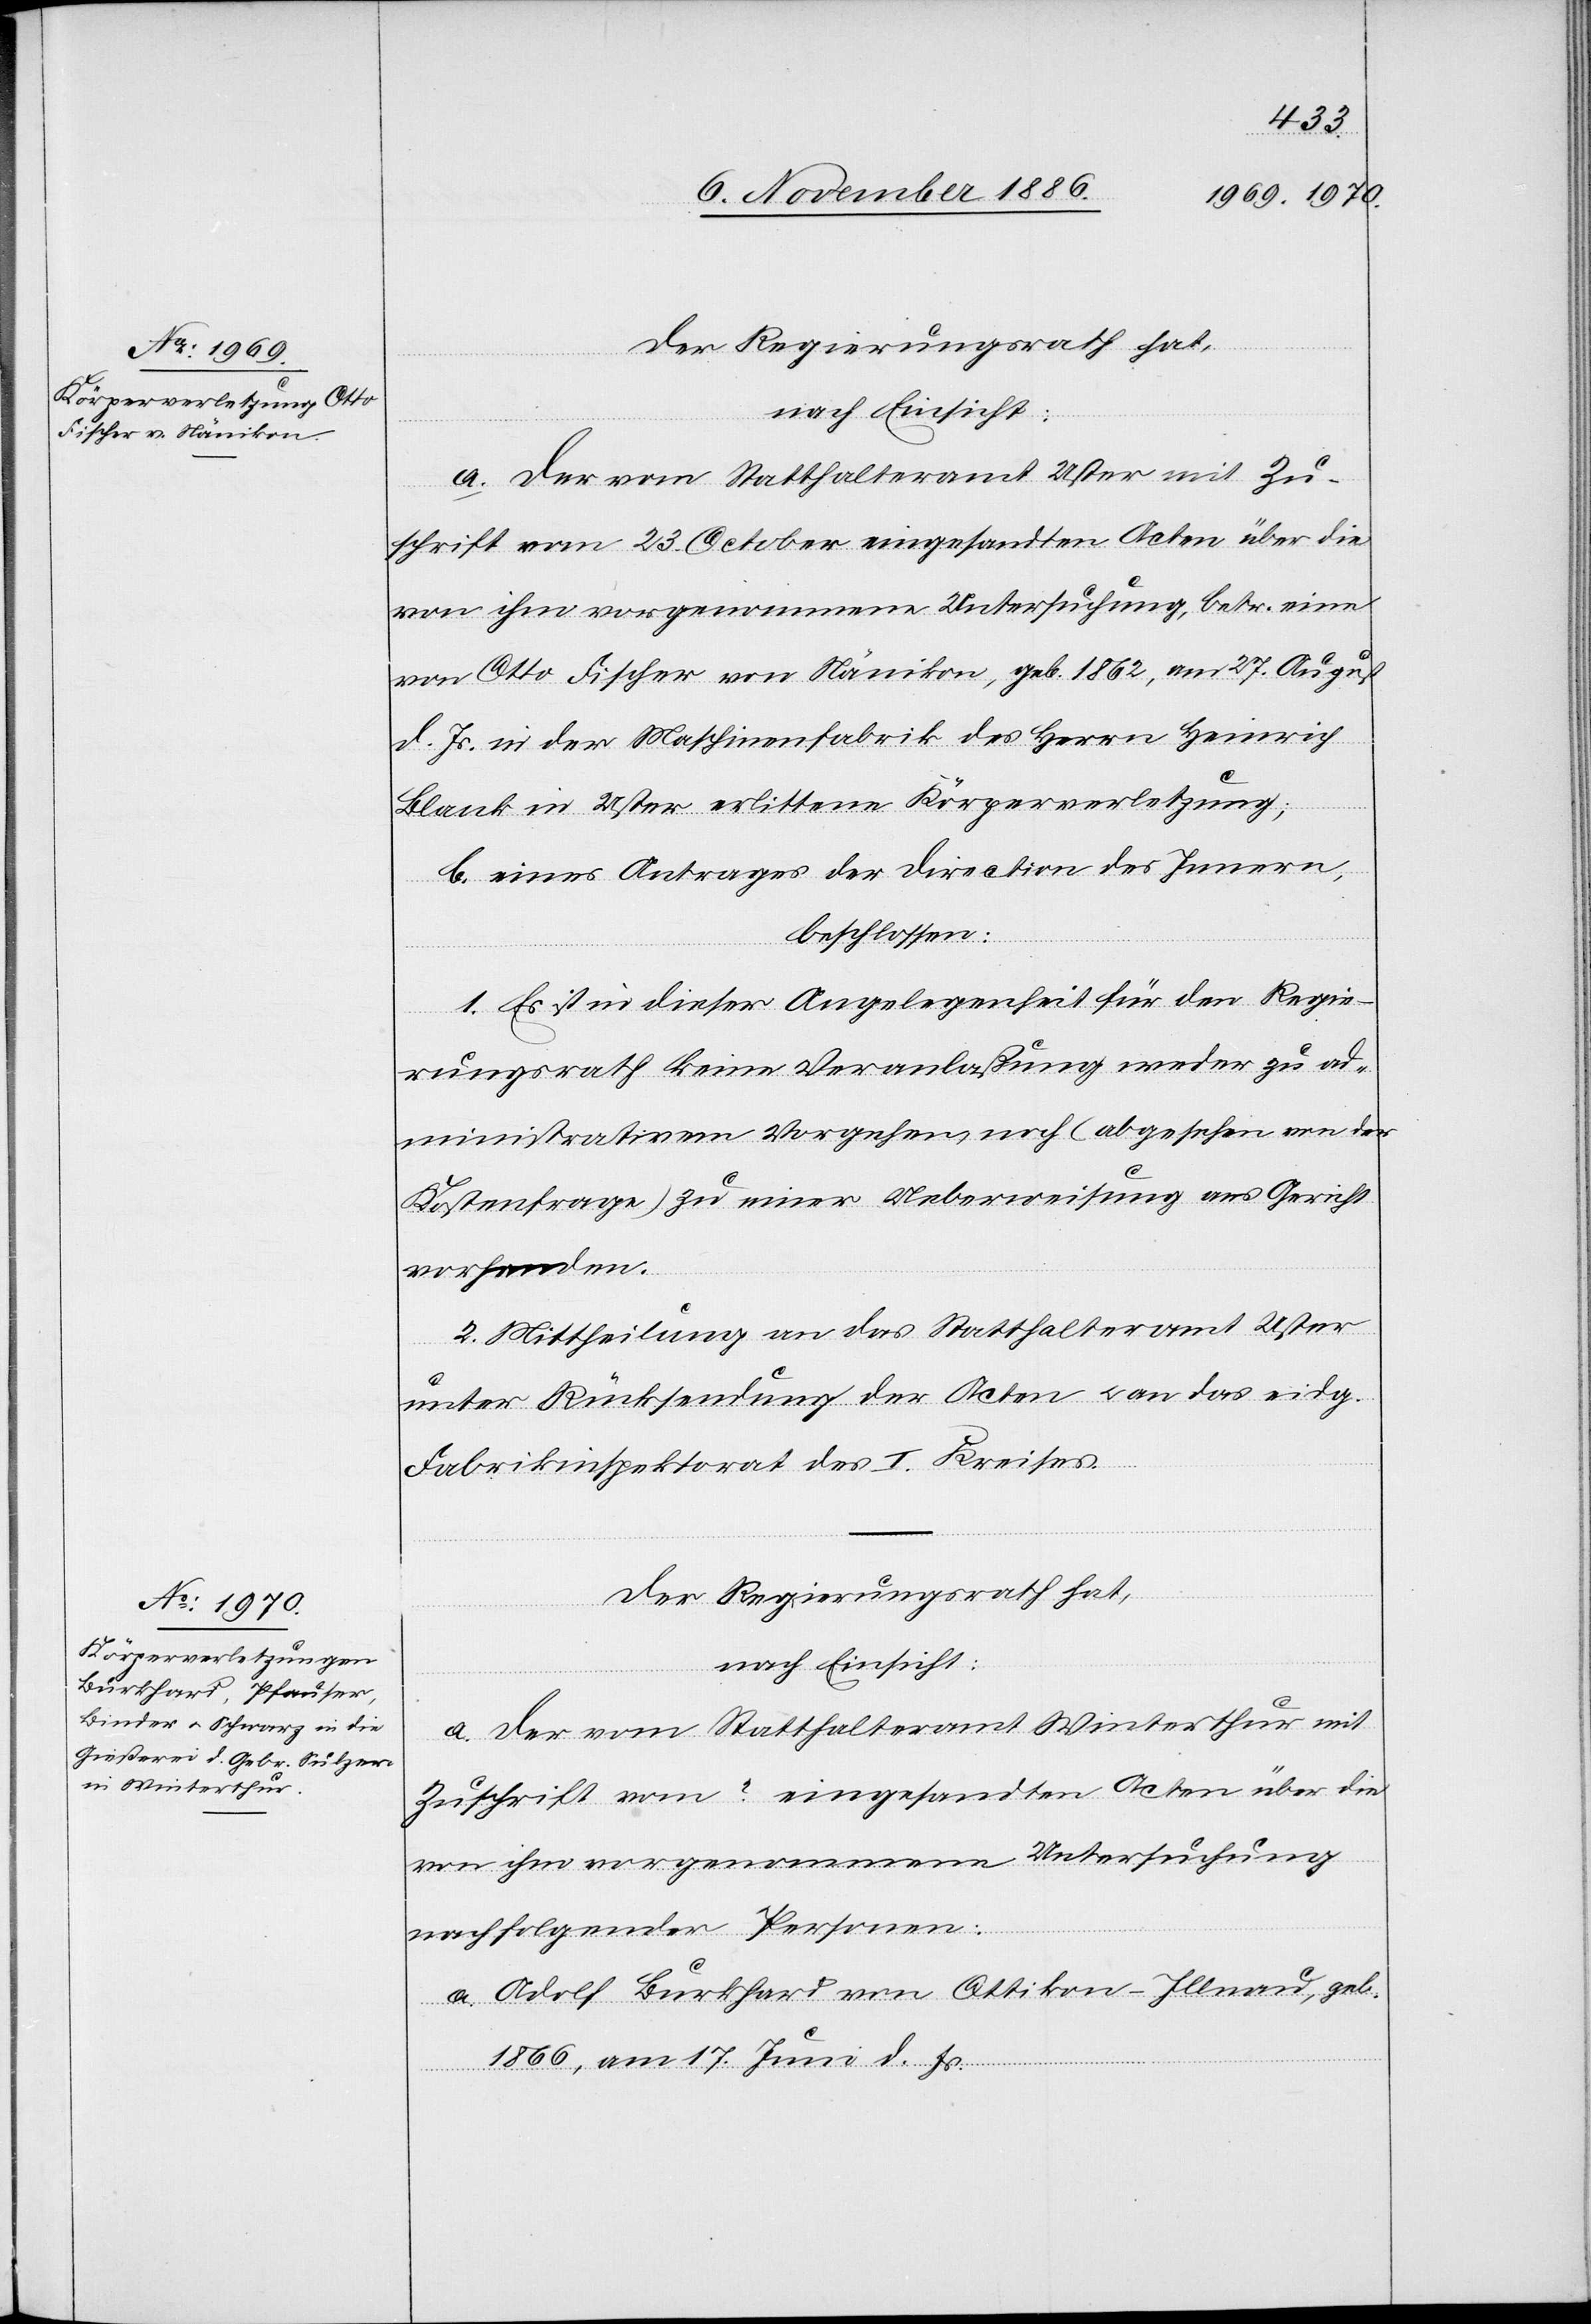
a. der vom Statthalteramt Uster mit Zu¬
schrift vom 23. October eingesandten Acten über die
von ihm vorgenommene Untersuchung, betr. eine
von Otto Fischer von Nänikon, geb. 1862, am 27. August
d. Js. in der Maschinenfabrik des Herrn Heinrich
Blank in Uster erlittene Körperverletzung;
b. eines Antrages der Direction des Innern,
beschlossen:
1. Es ist in dieser Angelegenheit für den Regie¬
rungsrath keine Veranlaßung weder zu ad¬
ministrativem Vorgehen, noch (abgesehen von der
Kostenfrage) zu einer Ueberweisung ans Gericht
vorhanden.
2. Mittheilung an das Statthalteramt Uster
unter Rücksendung der Acten & an das eidg.
Fabrikinspektorat des I. Kreises.
Der Regierungsrath hat,
nach Einsicht:
a. der vom Statthalteramt Winterthur mit
Zuschrift vom ? eingesandten Acten über die
von ihm vorgenommene Untersuchung
nachfolgender Personen:
Adolf Burkhard von Ottikon - Illnau, geb.
1866, am 17. Juni d. Js.